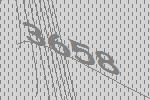
3658